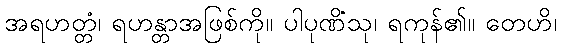
အရဟတ္တံ၊ ရဟန္တာအဖြစ်ကို။ ပါပုဏိံသု၊ ရကုန်၏။ တေဟိ၊